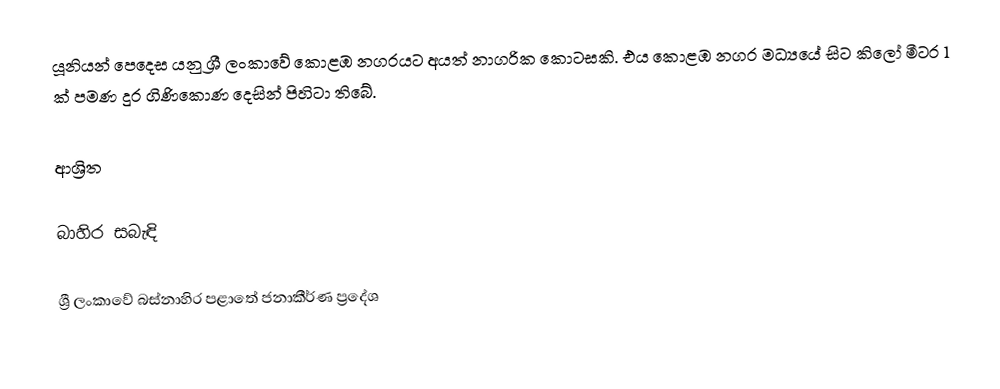
යූනියන් පෙදෙස යනු ශ්‍රී ලංකාවේ කොළඹ නගරයට අයත් නාගරික කොටසකි. එය කොළඹ නගර මධ්‍යයේ සිට කිලෝ මීටර 1 ක් පමණ දුර ගිණිකොණ දෙසින් පිහිටා තිබේ.

ආශ්‍රිත

බාහිර සබැඳි

ශ්‍රී ලංකාවේ බස්නාහිර පළාතේ ජනාකීර්ණ ප්‍රදේශ